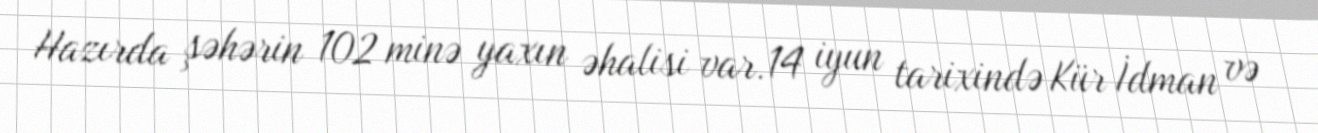
Hazırda şəhərin 102 minə yaxın əhalisi var.14 iyun tarixində Kür İdman və